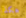
هكذا